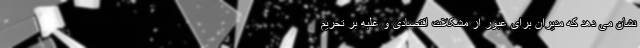
نشان می دهد که مدیران برای عبور از مشکلات اقتصادی و غلبه بر تحریم